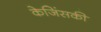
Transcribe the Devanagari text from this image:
केजिंसकी